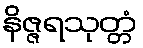
နိဇ္ဇရသုတ္တံ